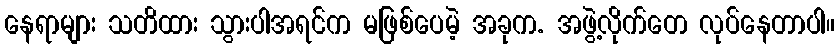
နေရာများ သတိထား သွားပါအရင်က မဖြစ်ပေမဲ့ အခုက. အဖွဲ့လိုက်တေ လုပ်နေတာပါ။